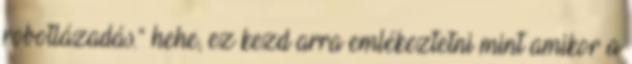
robotlázadás.” hehe, ez kezd arra emlékeztetni mint amikor a